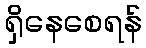
ရှိနေစေရန်